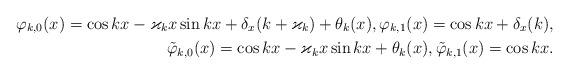
LaTeX: \begin{align*} \varphi_{k,0}(x) = \cos kx - \varkappa_kx\sin kx + \delta_x(k+\varkappa_k) + \theta_k(x), \varphi_{k,1}(x) = \cos kx + \delta_x(k), \\ \tilde \varphi_{k,0}(x) = \cos kx - \varkappa_kx\sin kx + \theta_k(x), \tilde \varphi_{k,1}(x) = \cos kx.\end{align*}